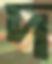
দ